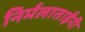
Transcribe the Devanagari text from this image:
निर्मलाताईंनी